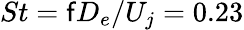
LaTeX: St=\mathsf{f}D_{e}/U_{j}=0.23